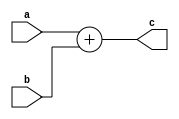
`timescale 1ns / 1ps

module add_32 (
	input [31:0] a,
	input [31:0] b,
	output [31:0] c );
	
	assign c = a + b;

endmodule